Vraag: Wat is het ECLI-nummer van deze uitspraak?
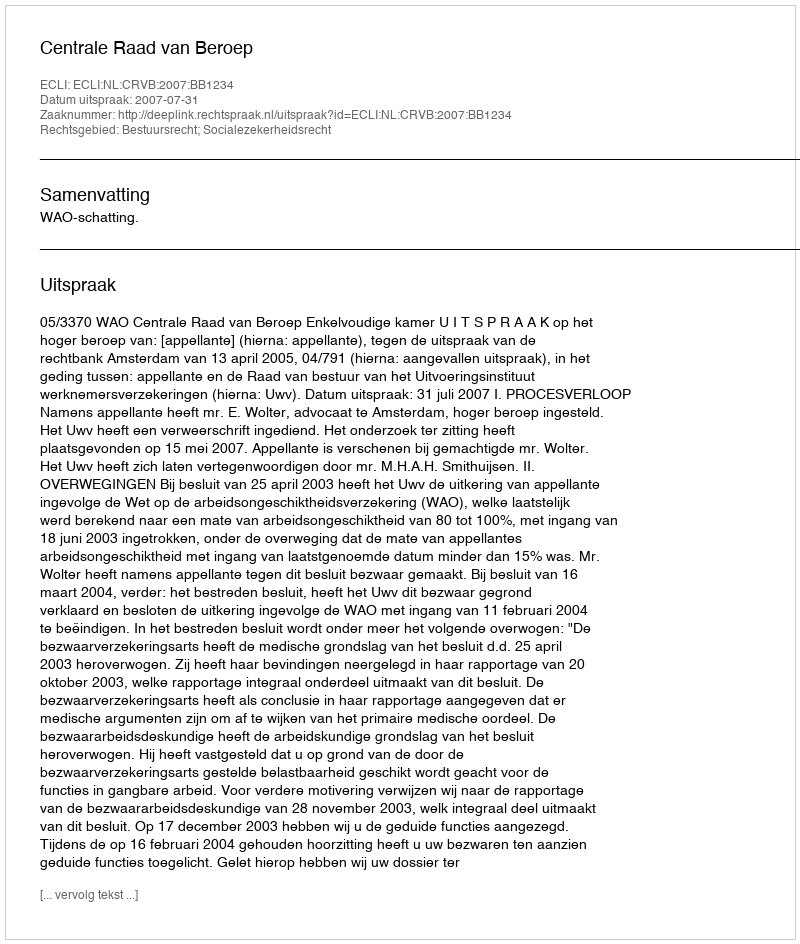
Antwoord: ECLI:NL:CRVB:2007:BB1234